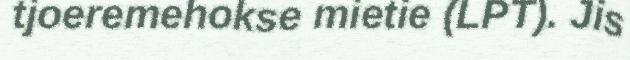
tjoeremehokse mietie (LPT). Jis